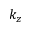
k _ { z }